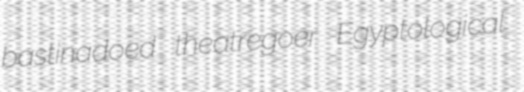
bastinadoed theatregoer Egyptological